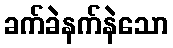
ခက်ခဲနက်နဲသော